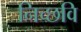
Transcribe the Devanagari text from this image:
निच्छवि